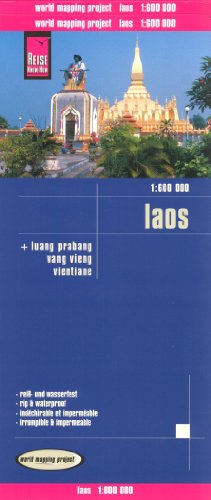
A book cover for Laos 1:600,000 Travel Map, waterproof, GPS-compatible, REISE, 2013 edition; Reise Knowhow; Travel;